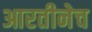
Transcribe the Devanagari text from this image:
आरतीनेच